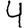
Digit: 4